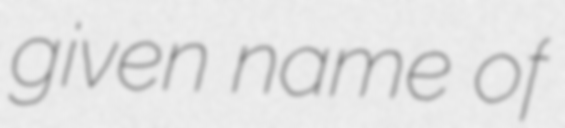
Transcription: given name of